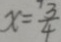
x = \frac { 3 } { 4 }